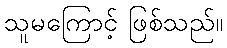
သူမကြောင့် ဖြစ်သည်။